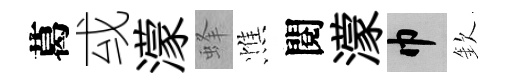
葛㦯濛蜂憔閱濛巾欽